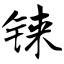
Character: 铼